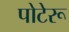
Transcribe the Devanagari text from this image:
पोटेरू